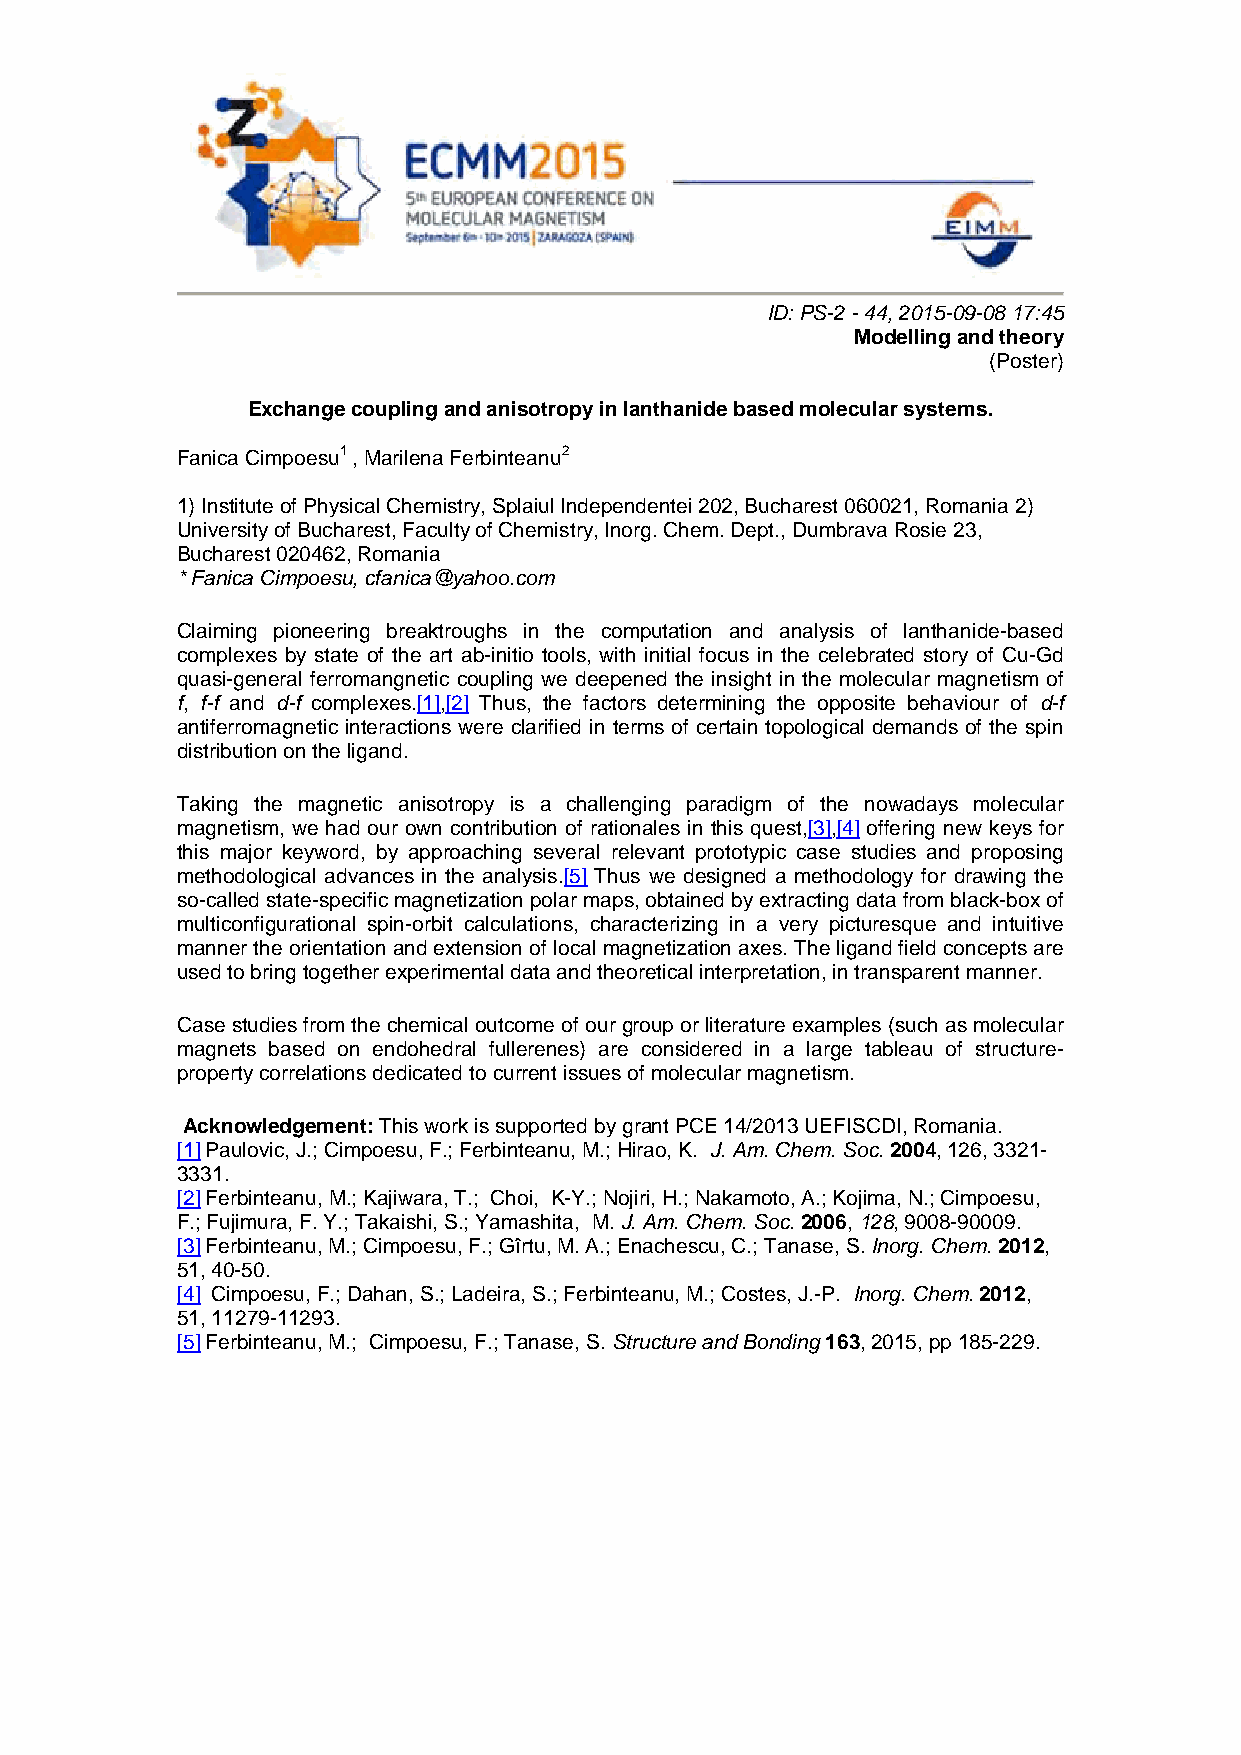
ID: PS-2 - 44, 2015-09-08 17:45
 Modelling and theory
 (Poster)
 Exchange coupling and anisotropy in lanthanide based molecular systems.
 Fanica Cimpoesu1 , Marilena Ferbinteanu2
 1) Institute of Physical Chemistry, Splaiul Independentei 202, Bucharest 060021, Romania 2)
 University of Bucharest, Faculty of Chemistry, Inorg. Chem. Dept., Dumbrava Rosie 23,
 Bucharest 020462, Romania
 * Fanica Cimpoesu, cfanica@yahoo.com
 Claiming pioneering breaktroughs in the computation and analysis of lanthanide-based
 complexes by state of the art ab-initio tools, with initial focus in the celebrated story of Cu-Gd
 quasi-general ferromangnetic coupling we deepened the insight in the molecular magnetism of
 f, f-f and d-f complexes.[1],[2] Thus, the factors determining the opposite behaviour of d-f
 antiferromagnetic interactions were clarified in terms of certain topological demands of the spin
 distribution on the ligand.
 Taking the magnetic anisotropy is a challenging paradigm of the nowadays molecular
 magnetism, we had our own contribution of rationales in this quest,[3],[4] offering new keys for
 this major keyword, by approaching several relevant prototypic case studies and proposing
 methodological advances in the analysis.[5] Thus we designed a methodology for drawing the
 so-called state-specific magnetization polar maps, obtained by extracting data from black-box of
 multiconfigurational spin-orbit calculations, characterizing in a very picturesque and intuitive
 manner the orientation and extension of local magnetization axes. The ligand field concepts are
 used to bring together experimental data and theoretical interpretation, in transparent manner.
 Case studies from the chemical outcome of our group or literature examples (such as molecular
 magnets based on endohedral fullerenes) are considered in a large tableau of structure-
 property correlations dedicated to current issues of molecular magnetism.
 Acknowledgement: This work is supported by grant PCE 14/2013 UEFISCDI, Romania.
 [1] Paulovic, J.; Cimpoesu, F.; Ferbinteanu, M.; Hirao, K. J. Am. Chem. Soc. 2004, 126, 3321-
 3331.
 [2] Ferbinteanu, M.; Kajiwara, T.; Choi, K-Y.; Nojiri, H.; Nakamoto, A.; Kojima, N.; Cimpoesu,
 F.; Fujimura, F. Y.; Takaishi, S.; Yamashita, M. J. Am. Chem. Soc. 2006, 128, 9008-90009.
 [3] Ferbinteanu, M.; Cimpoesu, F.; Gîrtu, M. A.; Enachescu, C.; Tanase, S. Inorg. Chem. 2012,
 51, 40-50.
 [4] Cimpoesu, F.; Dahan, S.; Ladeira, S.; Ferbinteanu, M.; Costes, J.-P. Inorg. Chem. 2012,
 51, 11279-11293.
 [5] Ferbinteanu, M.; Cimpoesu, F.; Tanase, S. Structure and Bonding 163, 2015, pp 185-229.